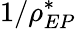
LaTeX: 1/\rho_{EP}^{*}